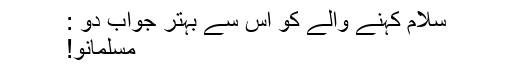
سلام کہنے والے کو اس سے بہتر جواب دو :
مسلمانو!